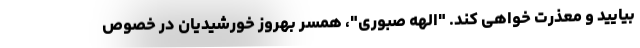
بیایید و معذرت خواهی کند. "الهه صبوری"، همسر بهروز خورشیدیان در خصوص